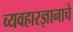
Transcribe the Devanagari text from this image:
व्यवहारज्ञानाचे